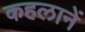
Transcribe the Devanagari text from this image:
कहलानें